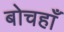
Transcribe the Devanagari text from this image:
बोचहाँ